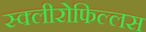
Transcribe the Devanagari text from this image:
स्क्लीरोफिल्लस